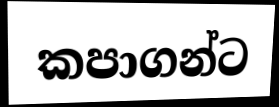
කපාගන්ට